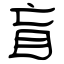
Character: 盲